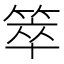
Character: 箤